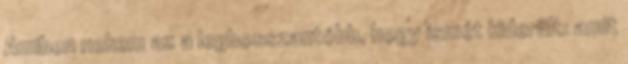
Amiben nekem az a legbosszantóbb, hogy ismét kiderült: amit